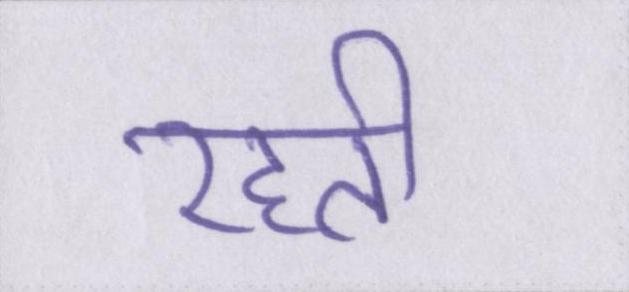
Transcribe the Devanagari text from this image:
रहती